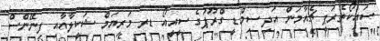
ސައިކޯތެރަޕީ ޗެއާމަން އަދި ސިމްޑީ ގްރޫޕުގެ ސީއީއޯ ޑރ މަރިޔަމް ޝަކީލާއާއި ފިނޭންސް